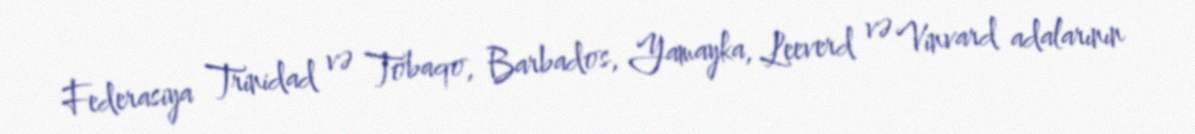
Federasiya Trinidad və Tobaqo, Barbados, Yamayka, Leeverd və Vinvard adalarının